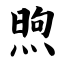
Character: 煦